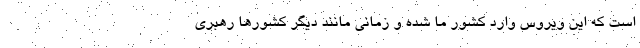
است که این ویروس وارد کشور ما شده و زمانی مانند دیگر کشورها رهبری